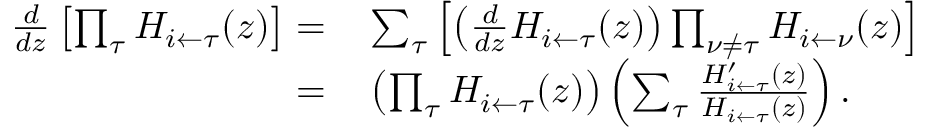
\begin{array} { r l } { \frac { d } { d z } \left[ \prod _ { \tau } H _ { i \leftarrow \tau } ( z ) \right] = } & { { } \sum _ { \tau } \left[ \left( \frac { d } { d z } H _ { i \leftarrow \tau } ( z ) \right) \prod _ { \nu \neq \tau } H _ { i \leftarrow \nu } ( z ) \right] } \\ { = } & { { } \left( \prod _ { \tau } H _ { i \leftarrow \tau } ( z ) \right) \left( \sum _ { \tau } \frac { H _ { i \leftarrow \tau } ^ { \prime } ( z ) } { H _ { i \leftarrow \tau } ( z ) } \right) . } \end{array}